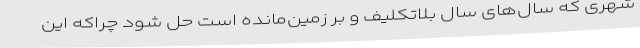
شهری که سال‌های سال بلاتکلیف و بر زمین‌مانده است حل شود چراکه این